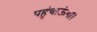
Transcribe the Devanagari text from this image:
पहुंचाऊंगा।